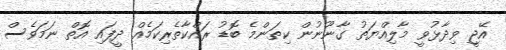
އޭޖީ ވިދާޅުވީ މާލިއްޔަތު ގާނޫނުން ކިތަންމެ ބޮޑު ރައްކާތެރިކަމެއް ދީފައި އޮތް ނަމަވެސް